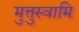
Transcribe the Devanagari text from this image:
मुत्तुस्वामि